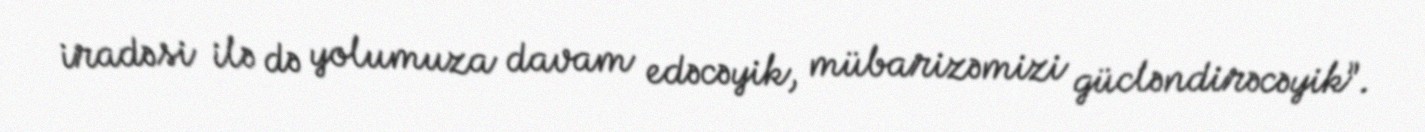
iradəsi ilə də yolumuza davam edəcəyik, mübarizəmizi gücləndirəcəyik”.